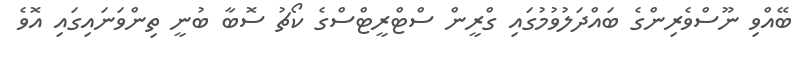
ބޭއްވި ނޫސްވެރިންގެ ބައްދަލުވުމުގައި ގްރީން ސްޓްރީޓްސްގެ ކޯޗު ސޮބާ ބުނީ ތިންވަނައިގައި އޮވެ